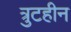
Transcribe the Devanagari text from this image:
त्रुटहीन